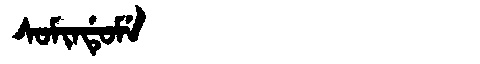
Manchu: ᠰᠣᠮᡳᠨᡩᡠᠮᡝ
Romanization: SOMINDUME